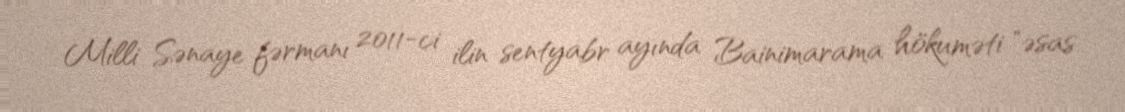
Milli Sənaye fərmanı 2011-ci ilin sentyabr ayında Bainimarama hökuməti "əsas